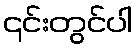
၎င်းတွင်ပါ